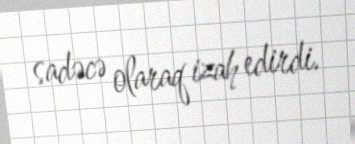
sadəcə olaraq izah edirdi.